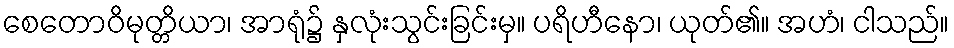
စေတောဝိမုတ္တိယာ၊ အာရုံ၌ နှလုံးသွင်းခြင်းမှ။ ပရိဟီနော၊ ယုတ်၏။ အဟံ၊ ငါသည်။